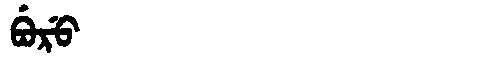
Manchu: ᠪᡠᡵᡠ
Romanization: BURU